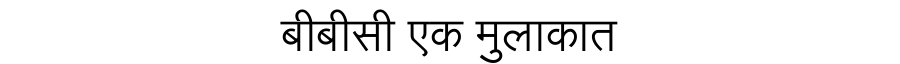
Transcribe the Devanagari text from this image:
बीबीसी एक मुलाकात